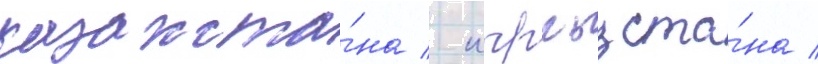
казахста́на / кыргызста́на /